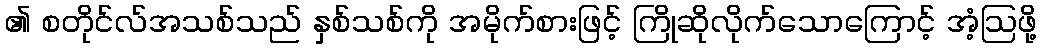
၏ စတိုင်လ်အသစ်သည် နှစ်သစ်ကို အမိုက်စားဖြင့် ကြိုဆိုလိုက်သောကြောင့် အံ့ဩဖို့